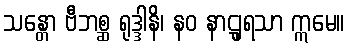
သန္တော ဗီဘစ္ဆ ရုဒ္ဒါနိ၊ နဝ နာဋျရသာ ဣမေ။